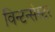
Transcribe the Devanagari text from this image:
विन्टन्सेस्टर